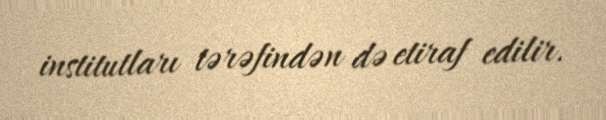
institutları tərəfindən də etiraf edilir.